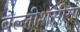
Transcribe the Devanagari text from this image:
बेल्लीशसीमो